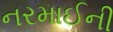
નરમાઈની